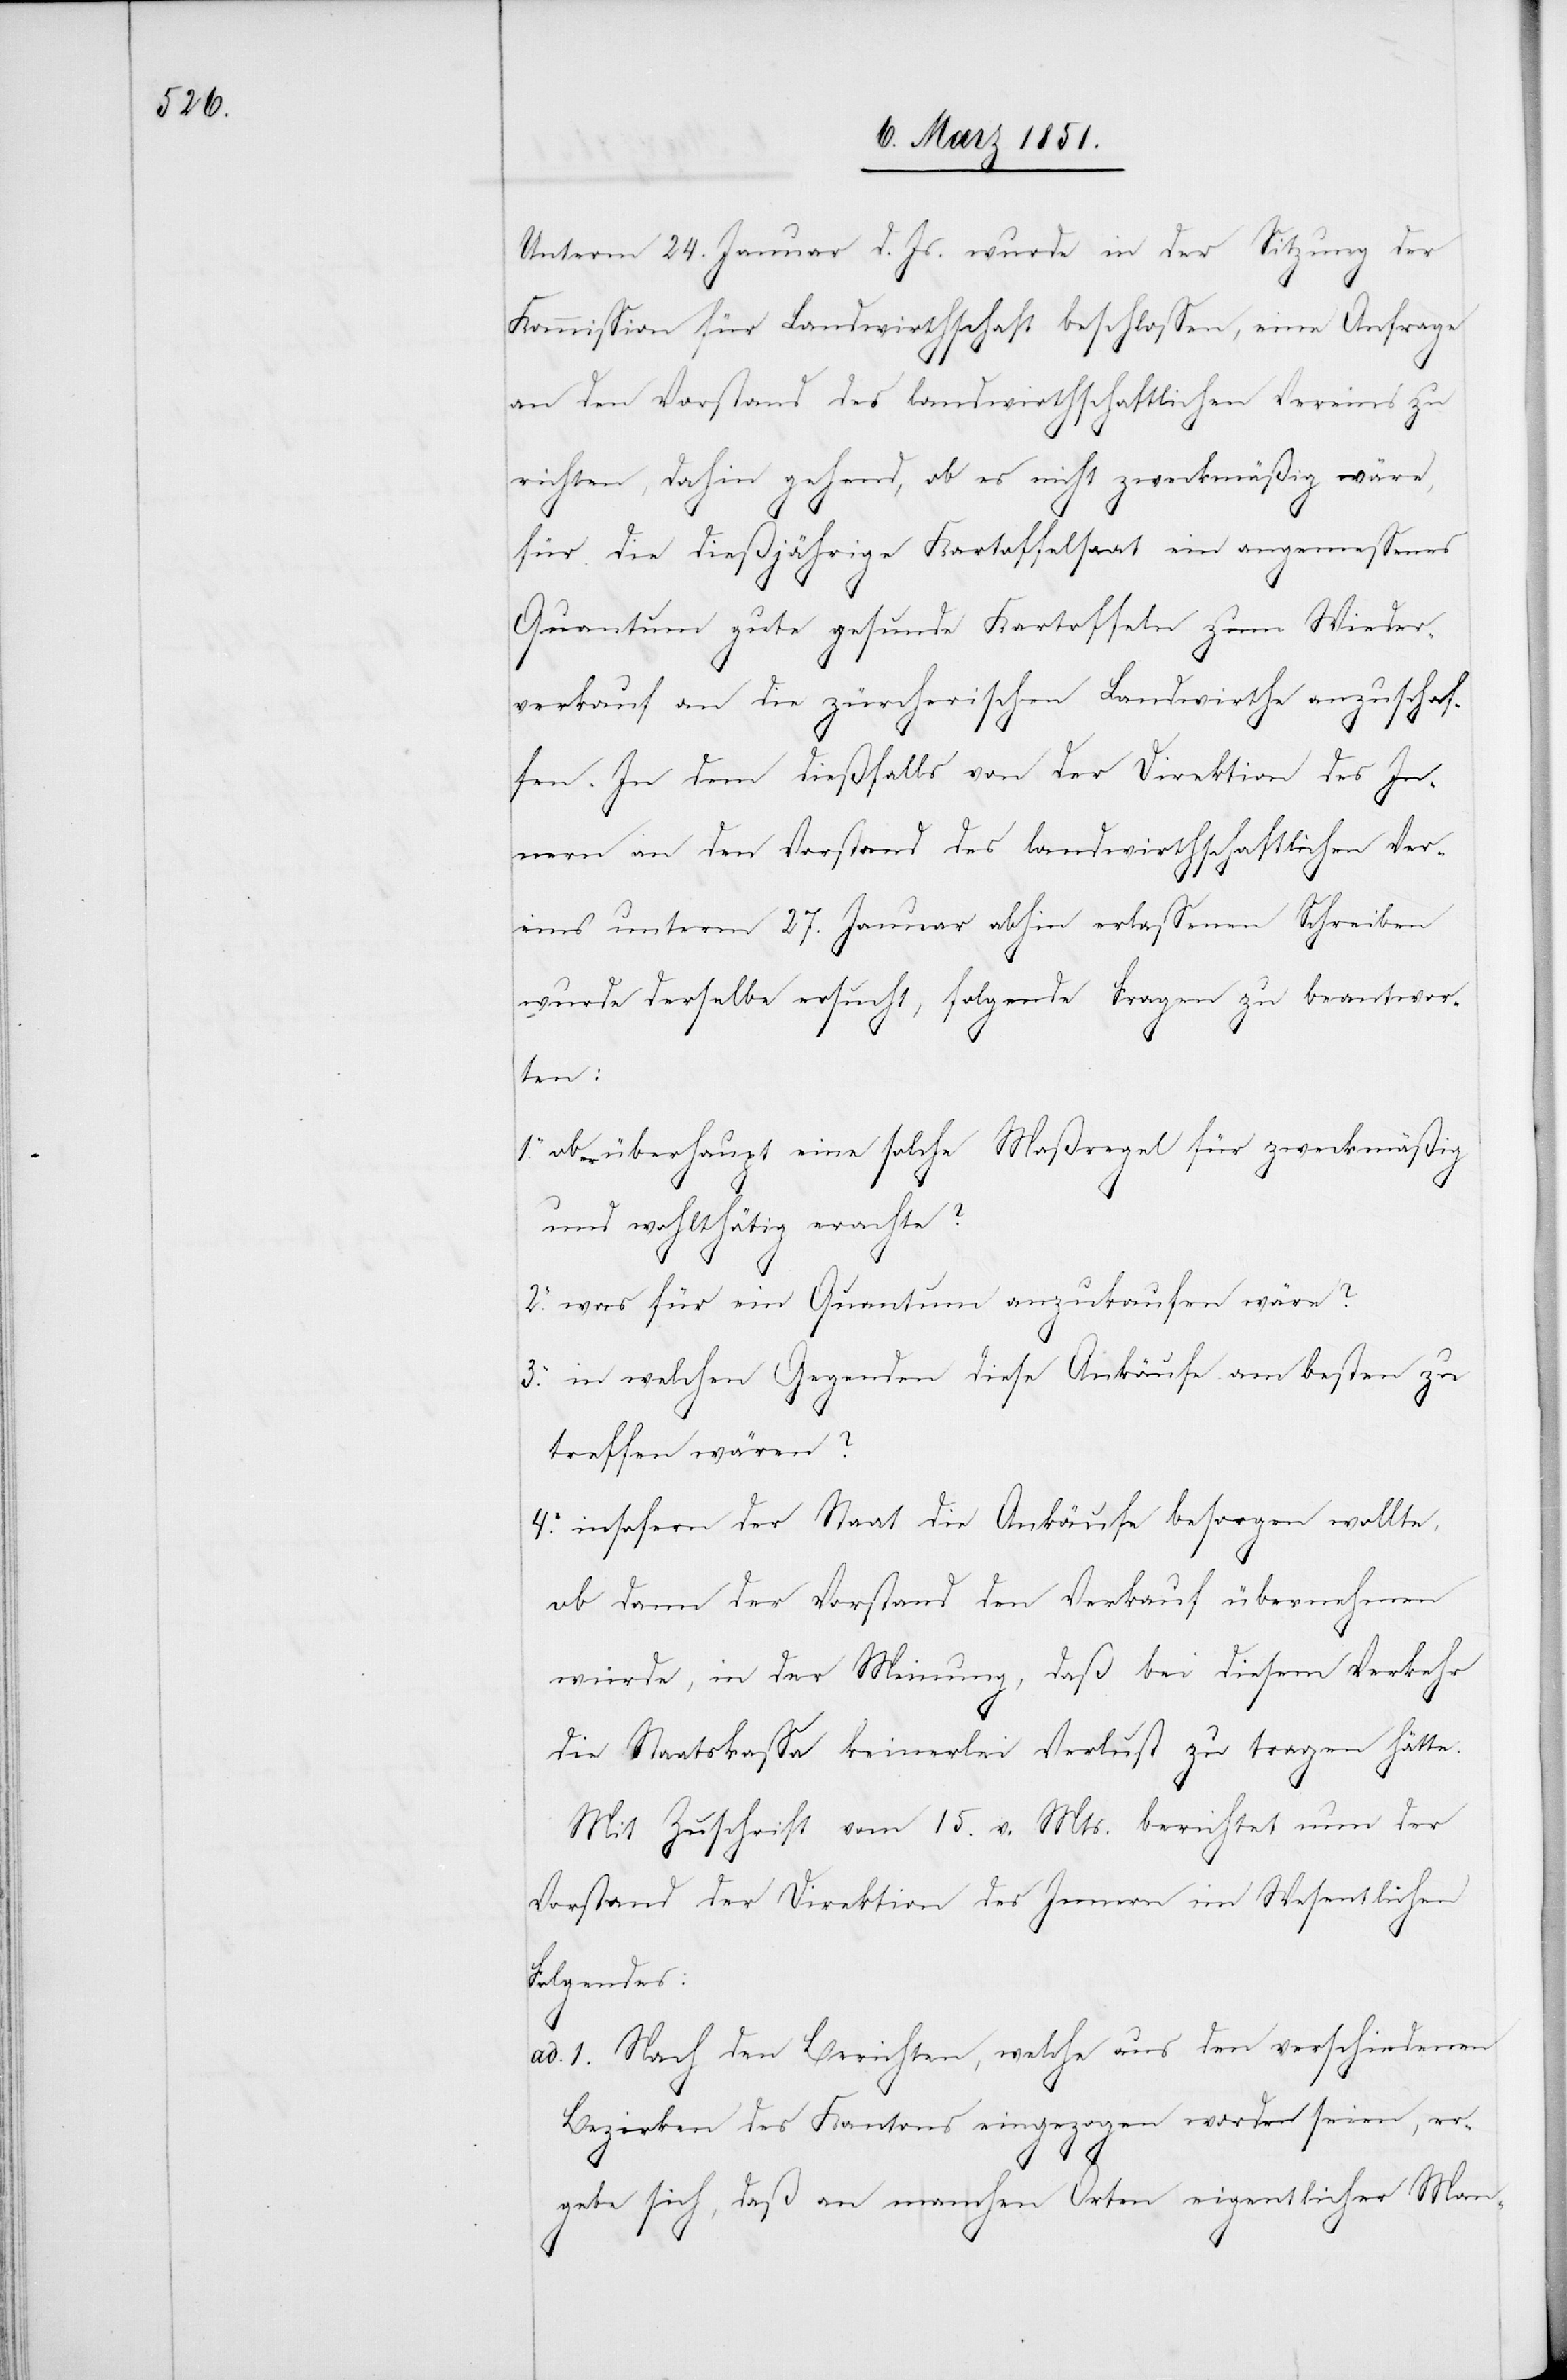
Unterm 24. Januar d. Js. wurde in der Sitzung der
Kommission für Landwirthschaft beschlossen, eine Anfrage
an den Vorstand des landwirthschaftlichen Vereins zu
richten, dahin gehend, ob es nicht zweckmäßig wäre,
für die dießjährige Kartoffelsaat ein angemessenes
Quantum gute gesunde Kartoffeln zum Wieder¬
verkauf an die zürcherischen Landwirthe anzuschaf¬
3.
fen. In dem dießfalls von der Direktion des In¬
nern an den Vorstand des landwirthschaftlichen Ver¬
eins unterm 27. Januar abhin erlassenen Schreiben
wurde derselbe ersucht, folgende Fragen zu beantwor¬
ten:
ob er überhaupt eine solche Maßregel für zweckmäßig
und wohlthätig erachte?
2.
was für ein Quantum anzukaufen wäre?
in welchen Gegenden diese Ankäufe am besten zu
treffen wären?
insofern der Staat die Ankäufe besorgen wollte,
ob dann der Vorstand den Verkauf übernehmen
würde, in der Meinung, daß bei diesem Verkehr
die Staatskassa keinerlei Verlust zu tragen hätte.
Mit Zuschrift vom 15.v. Mts. berichtet nun der
Vorstand der Direktion des Innern im Wesentlichen
Folgendes:
4.
ad. 1. Nach den Berichten, welche aus den verschiedenen
Bezirken des Kantons eingezogen worden seien, er¬
gebe sich, daß an manchen Orten eigentlicher Man-